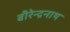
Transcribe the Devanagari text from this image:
बीरेन्द्रनाथ